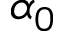
\alpha _ { 0 }